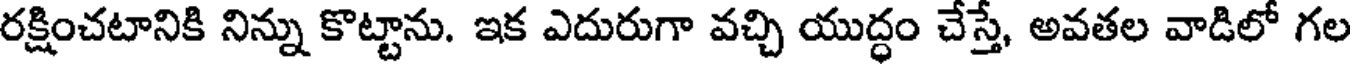
రక్షించటానికి నిన్ను కొట్టాను. ఇక ఎదురుగా వచ్చి యుద్ధం చేస్తే, అవతల వాడిలో గల